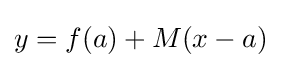
y=f(a)+M(x-a)